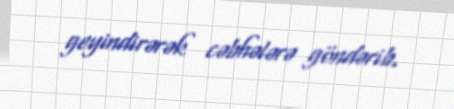
geyindirərək cəbhələrə göndərib.